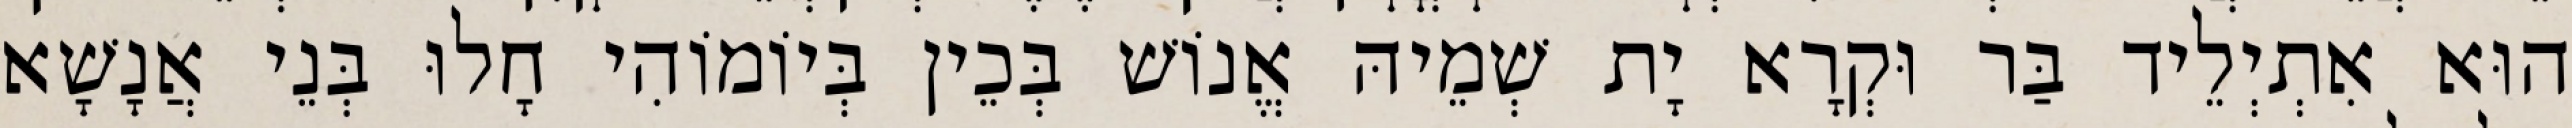
הוּא אִתְיְלֵיד בַּר וּקְרָא יָת שְׁמֵיהּ אֱנוֹשׁ בְּכֵין בְּיוֹמוֹהִי חָלוּ בְּנֵי אֲנָשָׁא